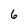
Character: 6